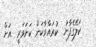
ކަލޭގެފާނު  ކުރައްވާކަން ކަށަވަރީ  އަށް